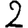
Digit: 2